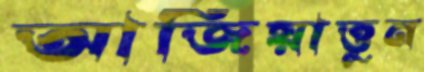
আজিয়াত্তুন